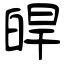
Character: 皔